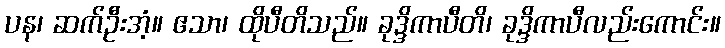
ပန၊ ဆက်ဦးအံ့။ ဧသာ၊ ထိုပီတိသည်။ ခုဒ္ဒိကာပီတိ၊ ခုဒ္ဒိကာပီလည်းကောင်း။